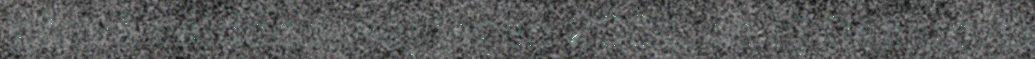
gåvvå válddeduváj jagen 2004, de lij Gásluovta